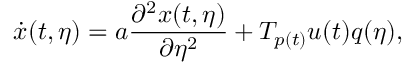
\dot { x } ( t , \eta ) = a \frac { \partial ^ { 2 } x ( t , \eta ) } { \partial \eta ^ { 2 } } + T _ { p ( t ) } u ( t ) q ( \eta ) ,